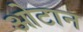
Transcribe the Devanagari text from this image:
ओटान